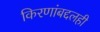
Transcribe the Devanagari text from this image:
किरणांबद्दलही